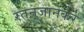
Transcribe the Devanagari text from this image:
रतनजानकर